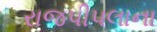
રાજપીપલાના